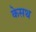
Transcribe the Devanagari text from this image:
केसथ